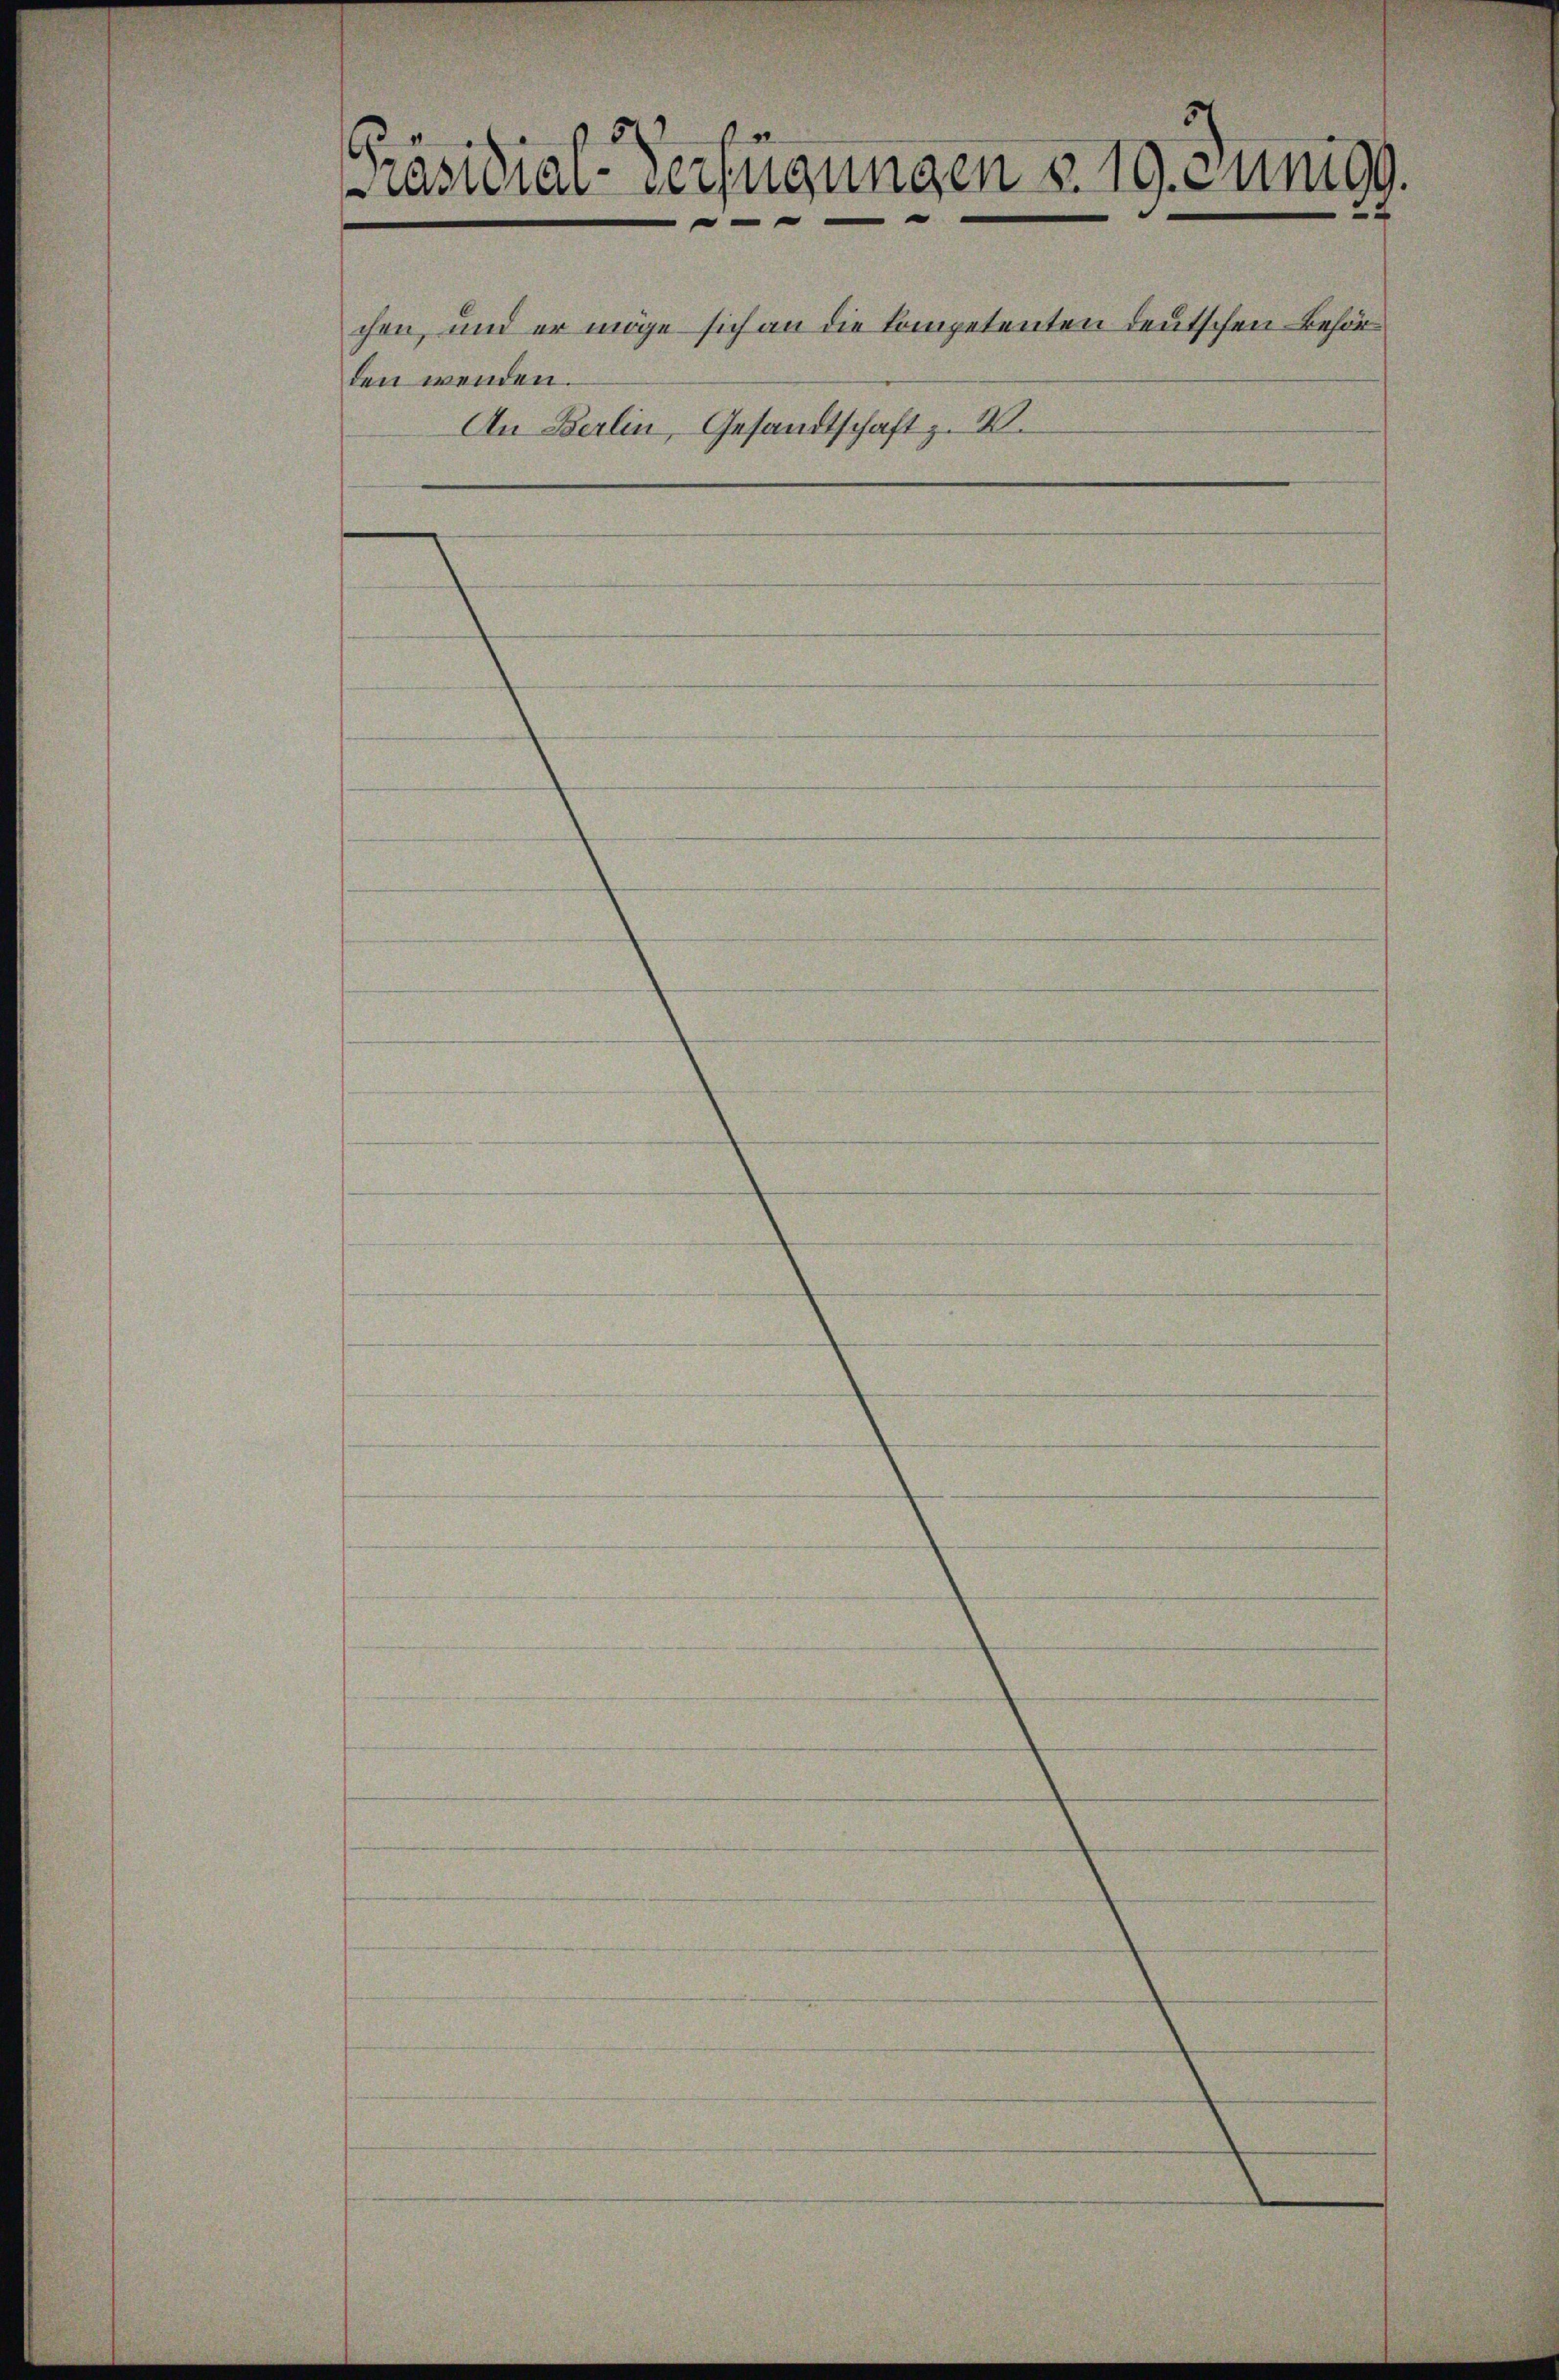
Präsidial-Verfügungen v. 19. Junig.

chen, und er möge sich an die Competenten deutschen Behörden wenden.
An Berlin, Gesandtschaft z. W.